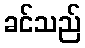
ခင်သည်